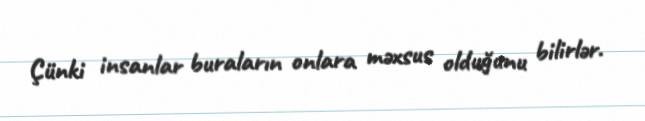
Çünki insanlar buraların onlara məxsus olduğunu bilirlər.